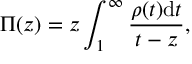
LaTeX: \Pi ( z ) = z \int _ { 1 } ^ { \infty } \frac { \rho ( t ) \mathrm { d } t } { t - z } ,